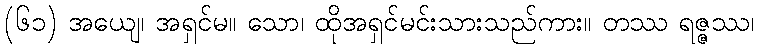
(၆၁) အယျေ၊ အရှင်မ။ သော၊ ထိုအရှင်မင်းသားသည်ကား။ တဿ ရဇ္ဇဿ၊